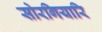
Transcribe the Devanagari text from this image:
सोरगियारि